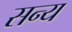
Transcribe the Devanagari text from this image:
सन्य